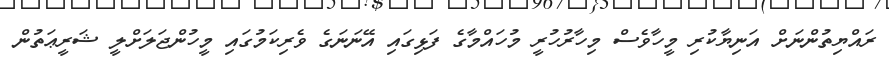
ރައްޔިތުންނަށް އަނިޔާކުރި މީހާވެސް މިހާރުހުރީ މުހައްމާގެ ފަޅިގައި އޭނަނަގެ ވެރިކަމުގައި މީހުންޖަލަށްލީ ޝަރީޢަތުން